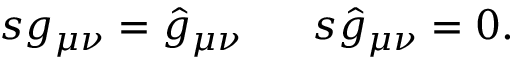
\begin{array} { l l } { { s g _ { \mu \nu } = \hat { g } _ { \mu \nu } ~ } } & { { ~ s \hat { g } _ { \mu \nu } = 0 . } } \end{array}